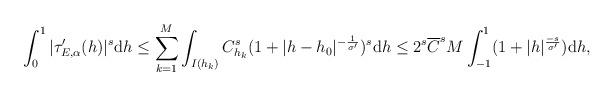
LaTeX: \begin{align*}\int_{0}^{1} | \tau_{E,\alpha}^{\prime}(h)|^{s} \mathrm{d}h & \le \sum_{k=1}^{M} \int_{I(h_{k})}C_{h_{k}}^{s} (1 + |h-h_{0}|^{-\frac{1}{\sigma^{\prime}}})^{s} \mathrm{d} h \le 2^{s} \overline{C}^{s} M\int_{-1}^{1} (1 + |h|^{\frac{-s}{\sigma^{\prime}}}) \mathrm{d} h,\end{align*}